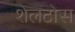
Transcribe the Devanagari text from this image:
शेलटोस